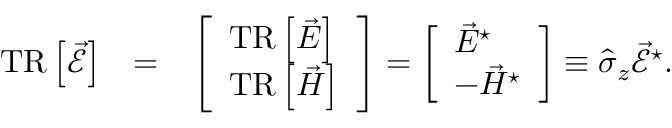
\begin{array} { r l r } { \mathrm { T R } \left\lbrack \vec { \mathcal { E } } \right\rbrack } & { = } & { \left[ \begin{array} { l } { \mathrm { T R } \left\lbrack \vec { E } \right\rbrack } \\ { \mathrm { T R } \left\lbrack \vec { H } \right\rbrack } \end{array} \right] = \left[ \begin{array} { l } { \vec { E } ^ { \star } } \\ { - \vec { H } ^ { \star } } \end{array} \right] \equiv \hat { \sigma } _ { z } \vec { \mathcal { E } } ^ { \star } . } \end{array}